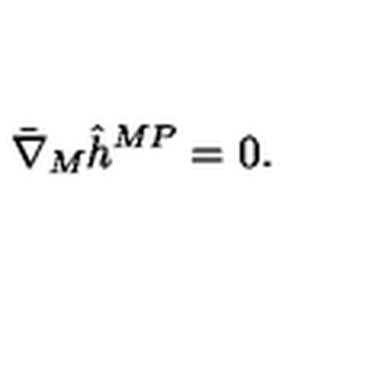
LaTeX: \bar { \nabla } _ { M } \hat { h } ^ { M P } = 0 .